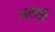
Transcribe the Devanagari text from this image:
अलेट्टा